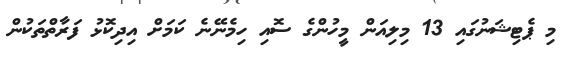
މި ޕެޓިޝަނުގައި 13 މިލިއަން މީހުންގެ ސޮއި ހިމެނޭނެ ކަމަށް އިދިކޮޅު ފަރާތްތަކުން